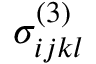
\sigma _ { i j k l } ^ { ( 3 ) }